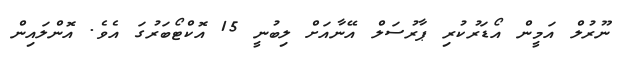
ނޫރުލް އަމީން އޯޑަރުކުރި ޕާރުސަލް އޭނާއަށް ލިބުނީ 15 އޮކްޓޯބަރުގަ އެވެ. އޮންލައިން